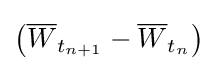
\left({\overline {W}}_{t_{n+1}}-{\overline {W}}_{t_{n}}\right)